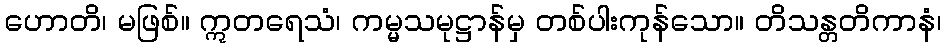
ဟောတိ၊ မဖြစ်။ ဣတရေသံ၊ ကမ္မသမုဋ္ဌာန်မှ တစ်ပါးကုန်သော။ တိသန္တတိကာနံ၊